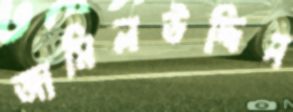
জামিলউদ্দিন